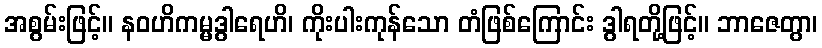
အစွမ်းဖြင့်။ နဝဟိကမ္မဒွါရေဟိ၊ ကိုးပါးကုန်သော တံဖြစ်ကြောင်း ဒွါရတို့ဖြင့်။ ဘာဇေတွာ၊